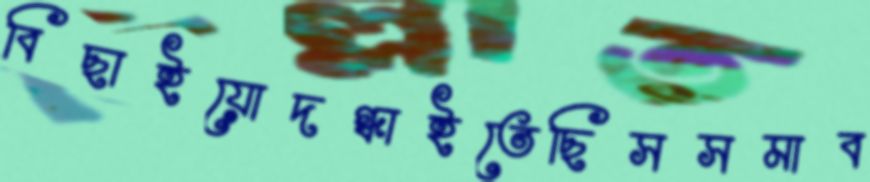
বিছাইয়োদগ্ধাইতেছিসসমাব